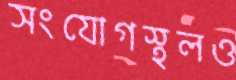
সংযোগস্থলও